Leaving Certificate Examination, 1925
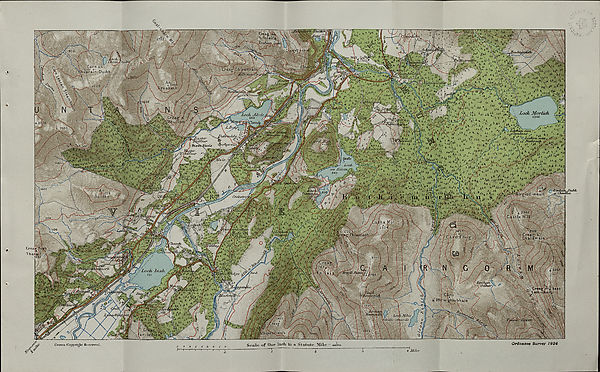
•fe
Creag.^fiK
Vi-lolii-re
JjOcJuuik hi
\pch-
fcJ!iij&K \ Cam an
wim30w&' n -uu
lvnu|irain Duibh
Jforar
*- A ,
l02 -*‘..£
“it h
i^AidtnajicaVci'.
2028 0\
loan
Loch Morlich 1046
.Loch Alvic
) jLaphun na/v. , ». ; ^
•i A <grs?^i A tu *<' ,* *t*!
U-Z ", <? Lochan, ruzn,y
' >
2035
OuiyyfL' h
Mnuujia
^Ea..s‘ter jSA/bu/‘
Stxrofc-^Sirrft
rat? H' raeJ
tV A ' (
.
/ i^hyiriucovc/Uu-
^ 12277
tillS!
hifJicX li-h-h
/w5f^A r ''—it- ^'
t
t*t .v»
1 , f ,»'t* *,,t
,t.t i, u tt;> f
• .4. j*- ■ Oj ; ' V' * Airg-Tod
©1775
ouidhe
meall
Codartre,
jS \ 2366
Ckstlie Hill-
halamai
11533
Loch Irish
cltkfhjc '^p^Foril
/ 7M^
>*#4, Mi ^>. ■
3448
iacknut
;hiubhais
\r hoc. i M/u>
triulic - d\ aoUc
&-M45
[jt' t' vir.
mm
b i geachsji}''
Ordnance Survey 1924
Scale of One Inch tx? a Statute Mile ' ti&stio
Grown Copyright Beserved.